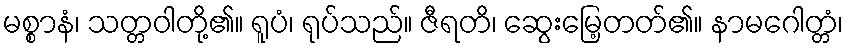
မစ္စာနံ၊ သတ္တဝါတို့၏။ ရူပံ၊ ရုပ်သည်။ ဇီရတိ၊ ဆွေးမြေ့တတ်၏။ နာမဂေါတ္တံ၊